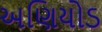
અણિયોડ